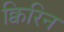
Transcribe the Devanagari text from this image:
क्विरिन